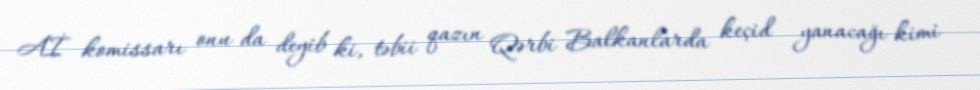
Aİ komissarı onu da deyib ki, təbii qazın Qərbi Balkanlarda keçid yanacağı kimi